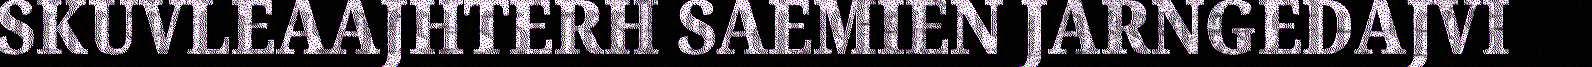
SKUVLEAAJHTERH SAEMIEN JARNGEDAJVI